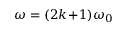
\omega = ( 2 k \! + \! 1 ) \omega _ { 0 }